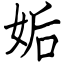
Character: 姤